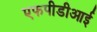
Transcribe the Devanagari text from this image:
एफपीडीआई